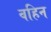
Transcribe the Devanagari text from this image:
वहिन